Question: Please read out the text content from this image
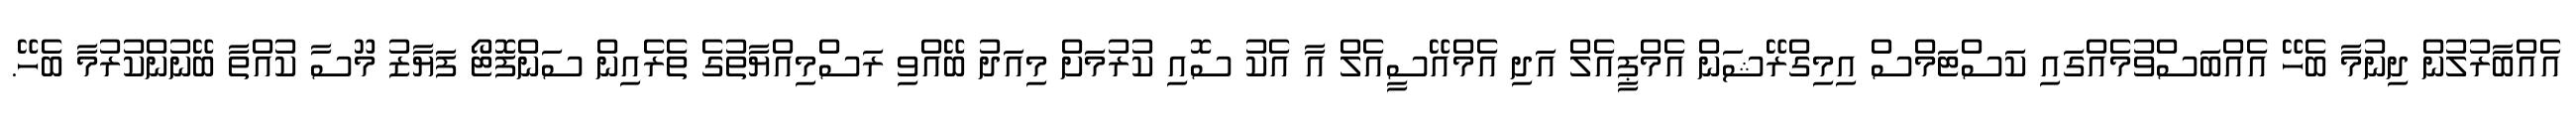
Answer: އެއްބާރުލުން ދިނުމާ ބެހޭ އެއްބަސްވުމެއްގައި ކަސްޓަމްސް އިމިގްރޭޝަން އެމްޕީއެލް އަދި އެމްއޭސީއެލް އާ އެކު ސޮއި ކުރުމަށް މިއަދު ބޭއްވި ރަސްމިއްޔާތުގެ ތެރެއިން ސަންފޮޓޯ ފަޔާޒު މޫސާ ކުއްތާ ބޭނުންކުރުމާ ބެހޭ.